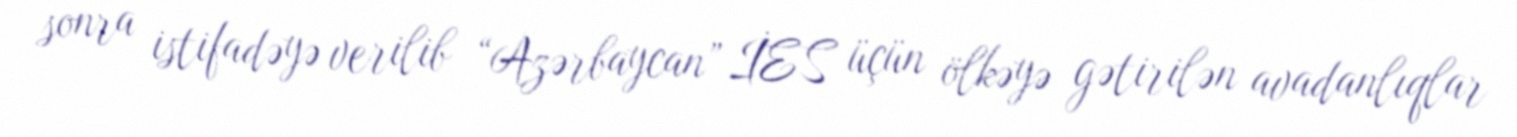
sonra istifadəyə verilib “Azərbaycan” İES üçün ölkəyə gətirilən avadanlıqlar